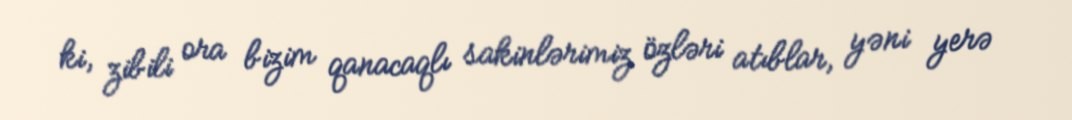
ki, zibili ora bizim qanacaqlı sakinlərimiz özləri atıblar, yəni yerə